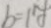
b = 1 y